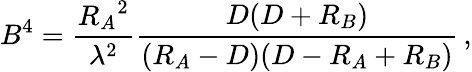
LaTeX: B^{4}={\frac{{R_{A}}^{2}}{\lambda^{2}}}{\frac{D(D+R_{B})}{(R_{A}-D)(D-R_{A}+R_{B})}}\, ,